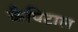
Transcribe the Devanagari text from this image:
कैपिटाल